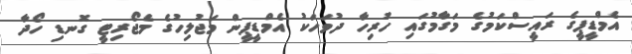
އެމްޑީޕީގެ ރައީސްކަމުގެ މަގާމުގައި ހުރިހާ ދުވަހަކު އެމްޑީޕީން މަޖުލިހުގެ މެޖޯރިޓީ ގޮނޑި ހޯދާ